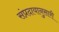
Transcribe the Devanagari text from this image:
संप्रदायानुसारी